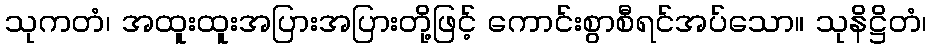
သုကတံ၊ အထူးထူးအပြားအပြားတို့ဖြင့် ကောင်းစွာစီရင်အပ်သော။ သုနိဋ္ဌိတံ၊